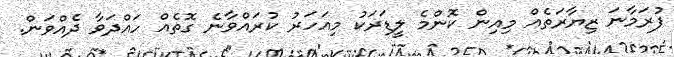
ފުރަމާނަ ޒިޔާރަތެއް މިއިން ކޮންމެ ލީޑަރަކު މިއަހަރު ކުރައްވާނެ ގޮތެއް ހައްދަވާ ދެއްވަން.